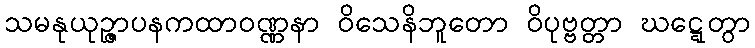
သမနုယုဉ္ဇာပနကထာဝဏ္ဏနာ ဝိသေနိဘူတော ဝိပုဗ္ဗတ္တာ ဃဋ္ဋေတွာ